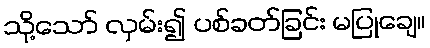
သို့သော် လှမ်း၍ ပစ်ခတ်ခြင်း မပြုချေ။